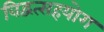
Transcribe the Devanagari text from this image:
विद्वत्सहयोग